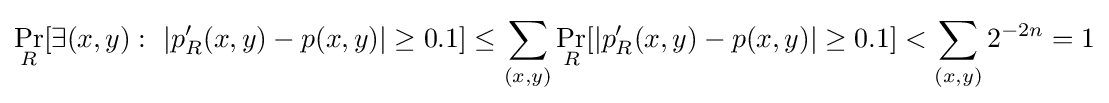
\Pr _{R}[\exists (x,y):\ |p'_{R}(x,y)-p(x,y)|\geq 0.1]\leq \sum _{(x,y)}\Pr _{R}[|p'_{R}(x,y)-p(x,y)|\geq 0.1]<\sum _{(x,y)}2^{-2n}=1